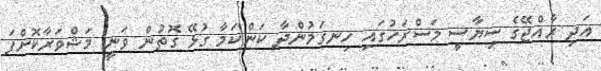
އަދި ރާއްޖޭގެ ސިޔާސީ މަސްރަހުގައި ހިނގަމުންދާ ކަންކަމާ ގުޅޭ ގޮތުން ވަނީ މަޝްވަރާކޮށްފަ